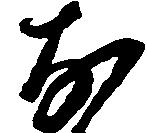
な